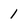
Character: 1